Pusta,_Kaarel_Robert, lk 24
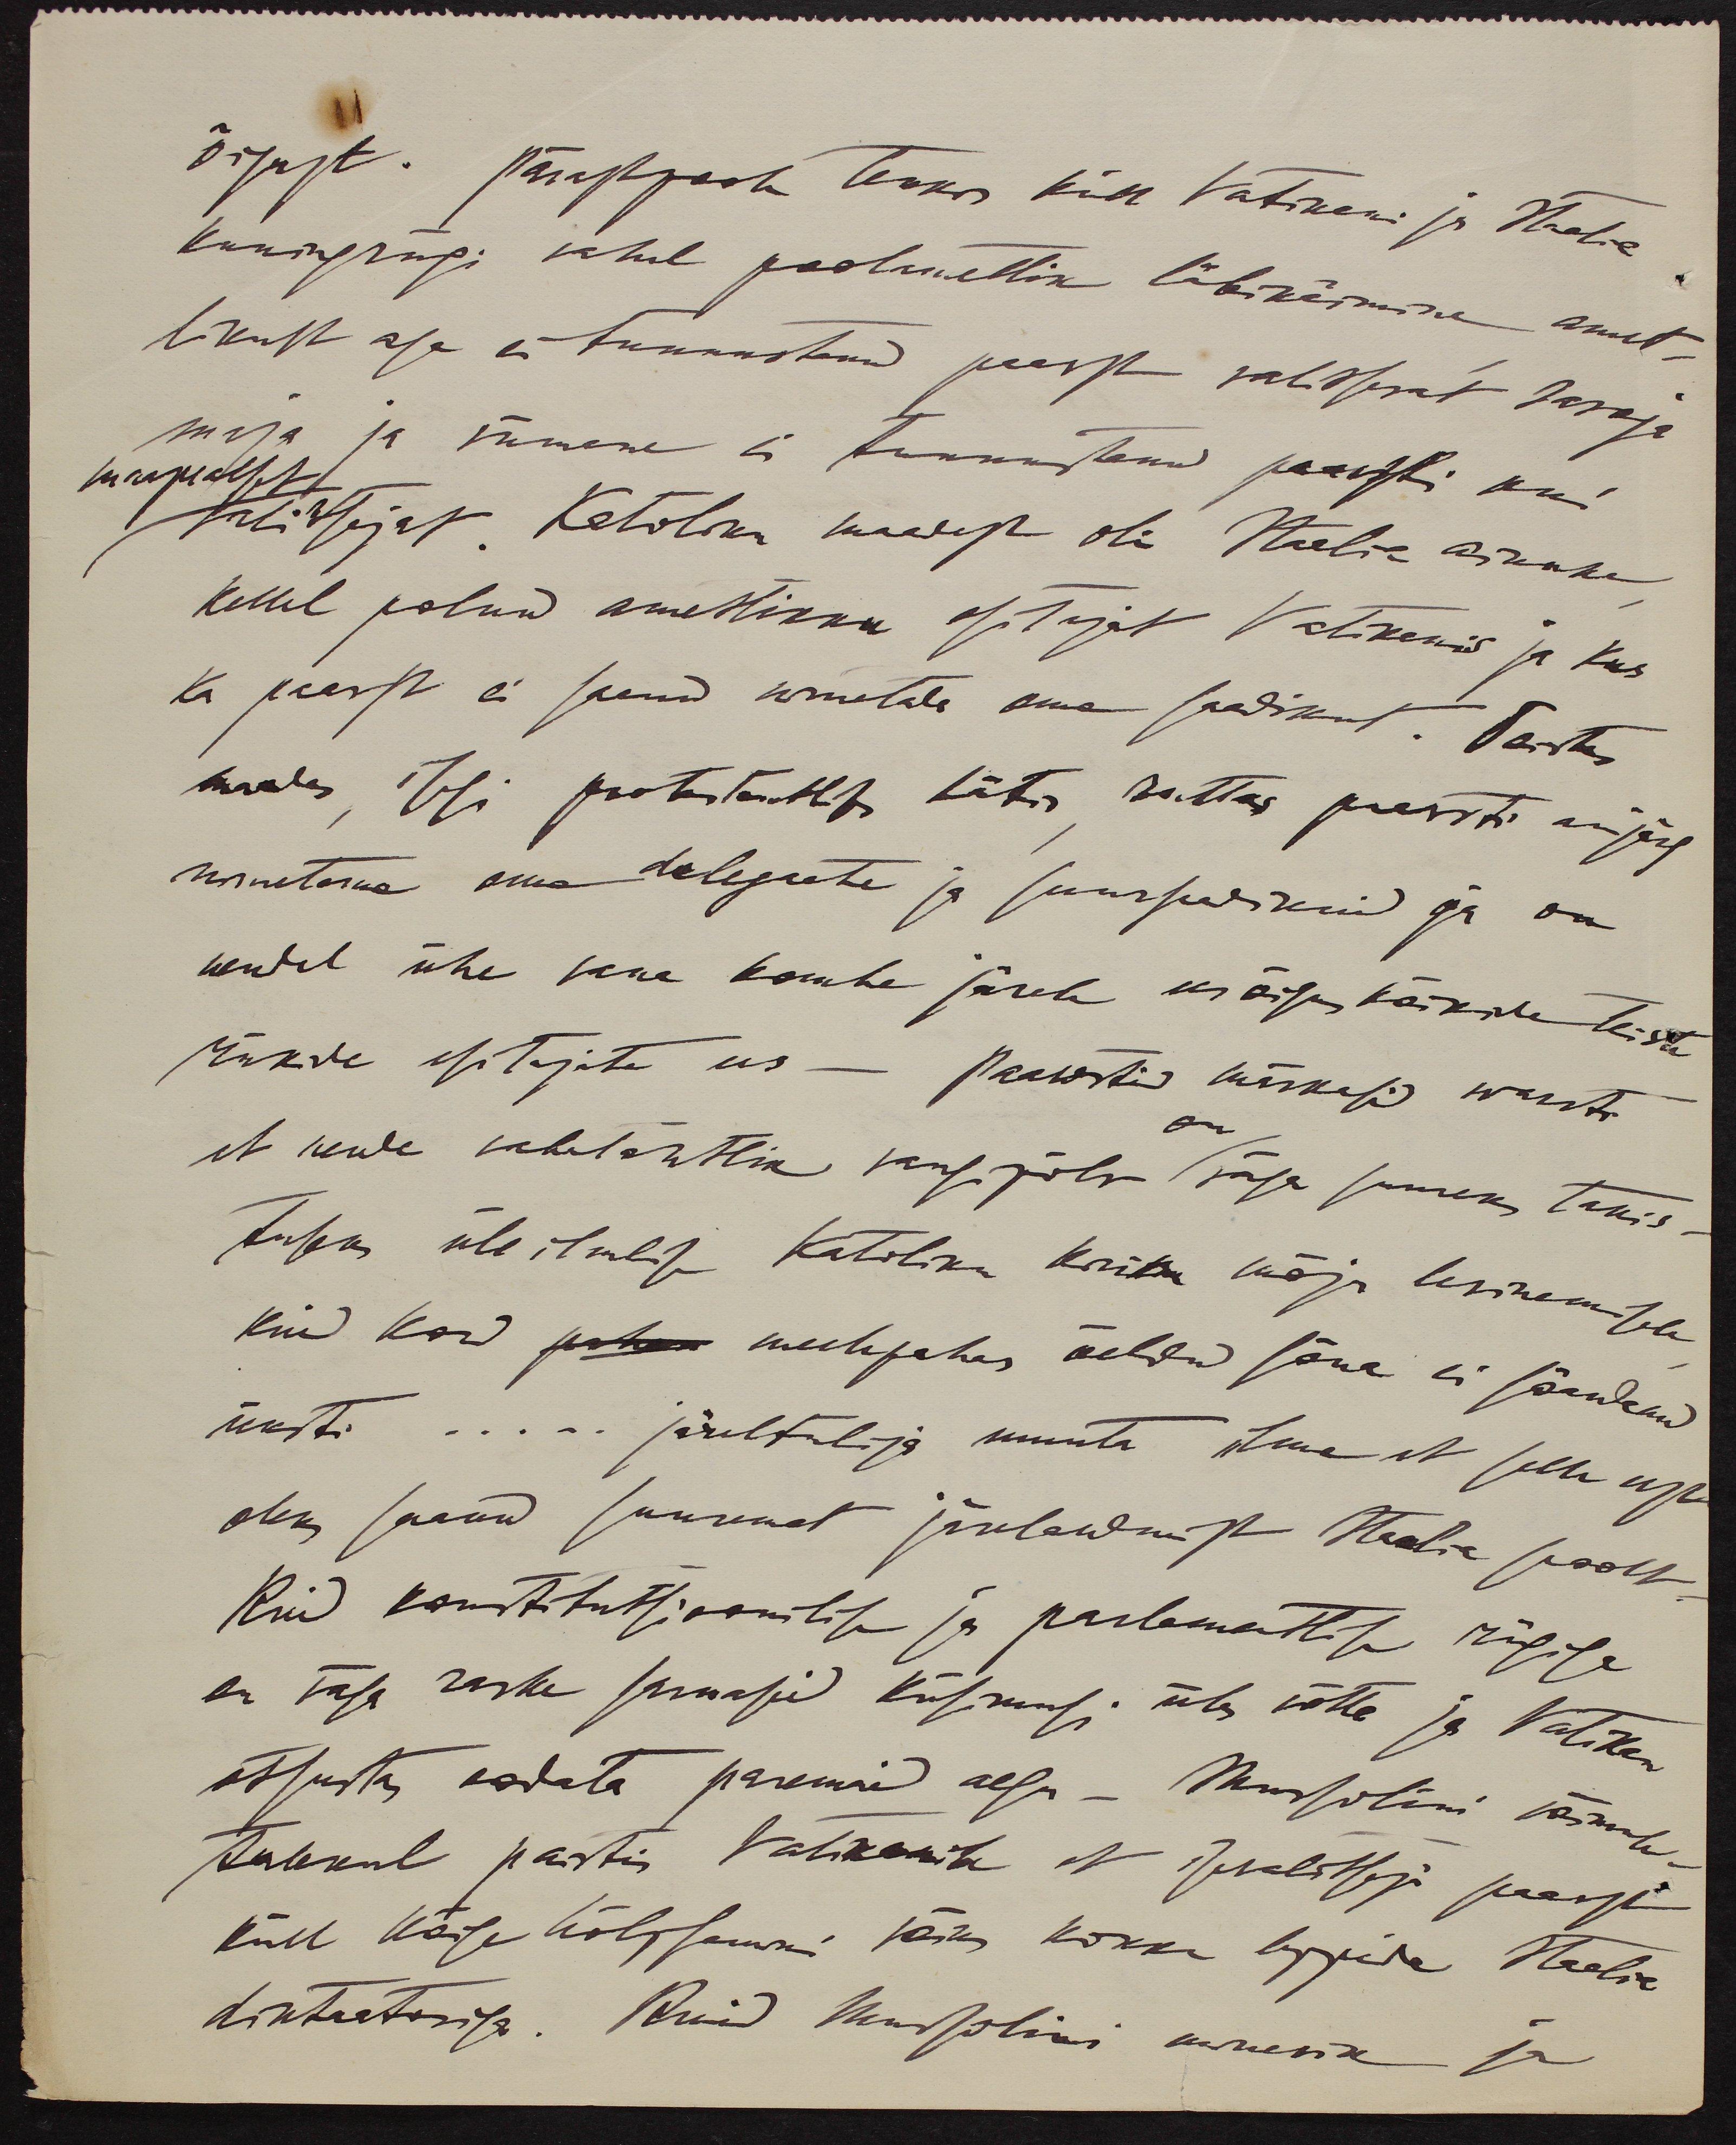
õigust. Pärastpoole tekkis küll Vatikani ja Itaalia
kuningriigi vahel poolametlik läbikäimine amet-
likult aga ei tunnustanud paavst valitsevat javoja
maapealset
maja ja viimane ei tunnustanud paavsti kui
valitsejat. Katoliku maadest oli Itaalia ainuke
kellel polnud ametlikku esitajat Vatikanis ja kus
ka paavst ei saanud nimetada oma saadikut. Teistes
maades, isegi protestantlikus Lätis ruttas paavsti aujärg
nimetama oma delegaate ja suursaadikuid ja on
nendel ühe vana kombe järele eesõigus kõikide teiste
riikide esitajate ees - Paawstid märkasid warsti
on
et nende vabatahtlik vangipõlv väga suureks takis-
tuseks üle ilmalise katoliku kiriku mõju levinemisele
kuid kord meelepahas öeldud sõna ei söandanud
üksti... järeltulija ja muuta ilma et selle usu
oleks saanud suuremat järeleadmist Itaalia poolt
Kuid kontitutsioonilise ja parlamentlise riigiga
on väga raske sarnaseid küsimusi üles võtta ja Vatikan
otsustas oodata paremaid aegu - Mussolini võimule
tulekul paistis Vatikanile et  isevalitseja paavst
küll kõige hõlpsamini võiks kokku leppida Itaalia
diktaatoriga. Kuid Mussolini minevik ja